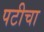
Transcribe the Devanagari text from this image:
पटीचा